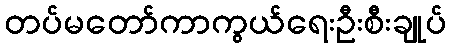
တပ်မတော်ကာကွယ်ရေးဦးစီးချုပ်